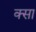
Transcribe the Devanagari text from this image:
क्सा